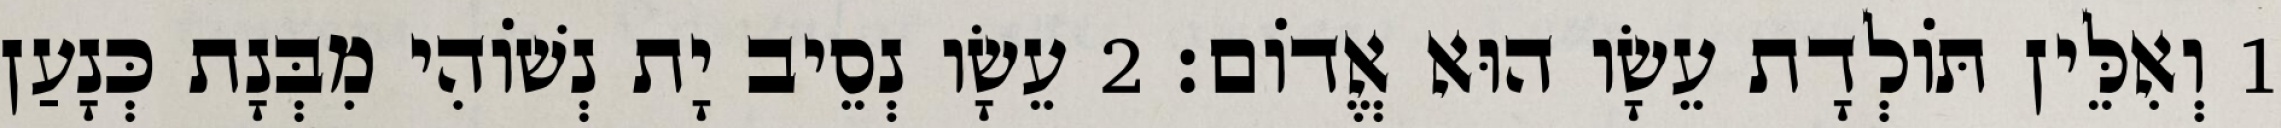
1 וְאִלֵּין תּוֹלְדָת עֵשָׂו הוּא אֱדוֹם׃ 2 עֵשָׂו נְסֵיב יָת נְשׁוֹהִי מִבְּנָת כְּנָעַן